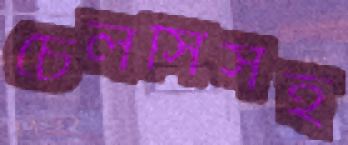
চেলসিসহ